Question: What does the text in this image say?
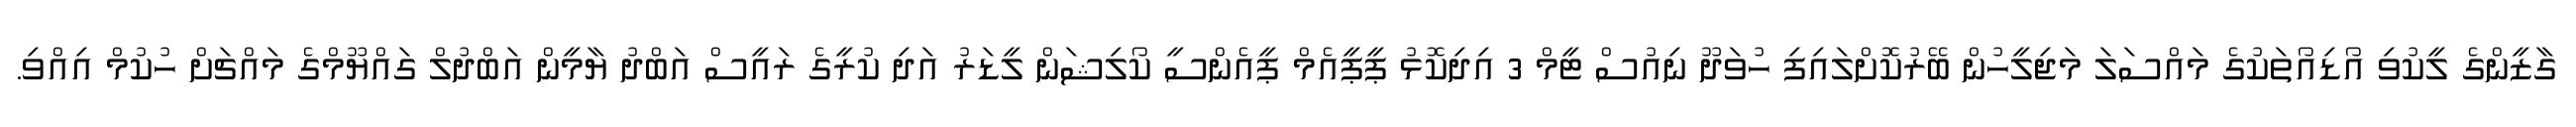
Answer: ގާޒީންގެ ލީކުވި އޯޑިއޯތަކުގެ މައްސަލަ މަޖިލީހުން ބޭރުކޮށްލައިފި ހުވަދޫ ނިއުސް ޓީމް 3 އިދިކޮޅު ޕީޕީއެމް ޕީއެންސީ ކޯލިޝަން ލީޑަރު އަދި ކުރީގެ ރައީސް އަބްދު ޔާމީން އަބްދުލް ގައްޔޫމްގެ މައްޗަށް ހުކުމް އިއްވި.